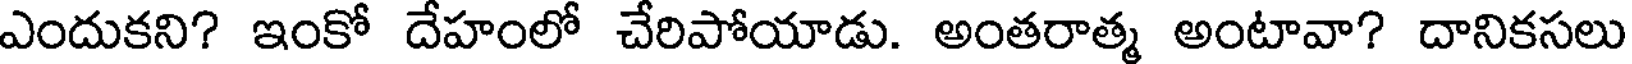
ఎందుకని? ఇంకో దేహంలో చేరిపోయాడు. అంతరాత్మ అంటావా? దానికసలు